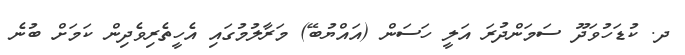
ދ. ކުޑަހުވަދޫ ސަމަންދުރަ އަލީ ހަސަން (އައްޔުބޭ) މަރާލުމުގައި އެހީތެރިވެދިން ކަމަށް ބުނެ